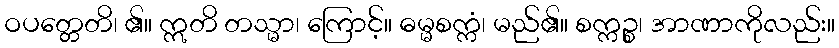
ဝပတ္တေတိ၊ ၏။ ဣတိ တသ္မာ၊ ကြောင့်။ ဓမ္မစက္ကံ၊ မည်၏။ စက္ကဉ္စ၊ အာဏာကိုလည်း။